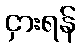
ငှားရန်